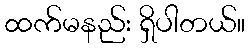
ထက်မနည်း ရှိပါတယ်။